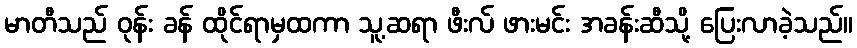
မာတီသည် ဝုန်း ခန် ထိုင်ရာမှထကာ သူ့ဆရာ ဖီးလ် ဖားမင်း အခန်းဆီသို့ ပြေးလာခဲ့သည်။